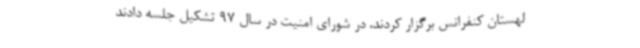
لهستان کنفرانس برگزار کردند، در شورای امنیت در سال 97 تشکیل جلسه دادند